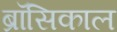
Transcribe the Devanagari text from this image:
ब्रॉसिकाल